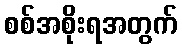
စစ်အစိုးရအတွက်